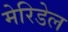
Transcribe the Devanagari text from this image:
मेरिडेल